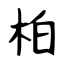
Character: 柏